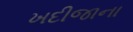
ખદીજાના